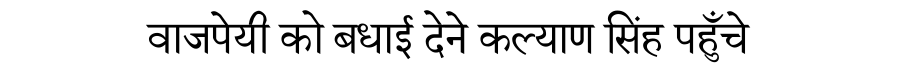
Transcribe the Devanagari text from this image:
वाजपेयी को बधाई देने कल्याण सिंह पहुँचे